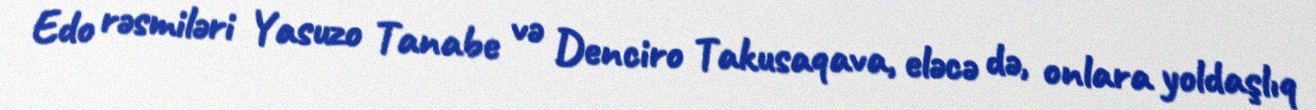
Edo rəsmiləri Yasuzo Tanabe və Denciro Takusaqava, eləcə də, onlara yoldaşlıq